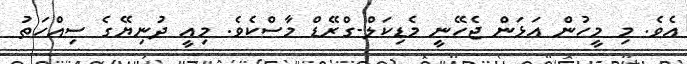
އެވެ. މި މީހުން އަޅަން ޖެހޭނީ މެޑިކަލް-ގްރޭޑް މާސްކެވެ. މިއީ ދުނިޔޭގެ ސިއްހަތު